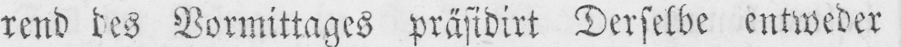
rend des Vormittages präsidirt Derselbe entweder